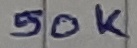
Text: 50K